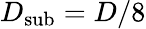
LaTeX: D_{\mathrm{{sub}}}=D/8